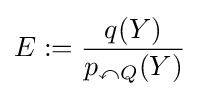
E:={\frac {q(Y)}{p_{\curvearrowleft Q}(Y)}}